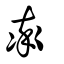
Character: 率